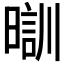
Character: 𣉤